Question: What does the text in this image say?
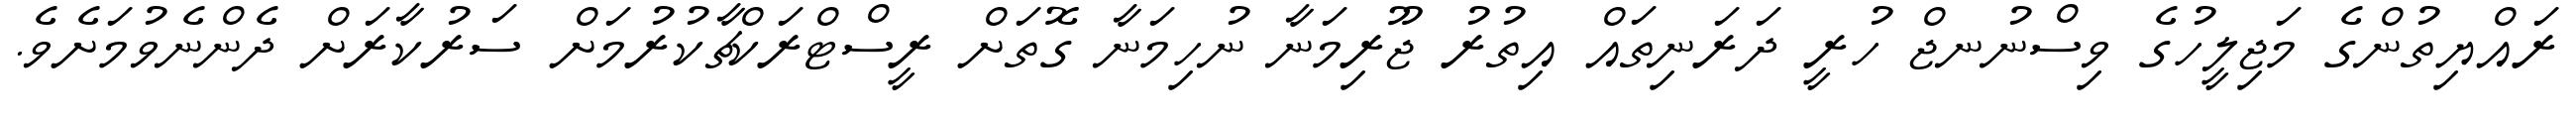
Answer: ރައްޔިތުންގެ މަޖިލީހުގެ ވިސްނުނޖް ހުރީ ދަރަނިތައް އިތުރު ޖޫރިމަނާ ނުހިމަނާ ގޮތަށް ރީސްޓްރަކްޗާކުރުމަށް ސަރުކާރަށް ދެންނެވުމަށެވެ.